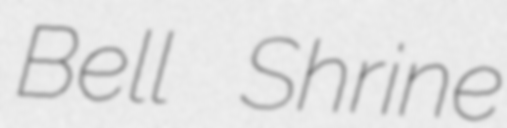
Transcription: Bell Shrine